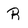
Character: R